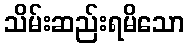
သိမ်းဆည်းရမိသော